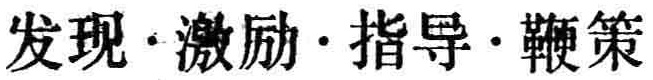
发现\cdot 激励\cdot 指导\cdot 鞭策